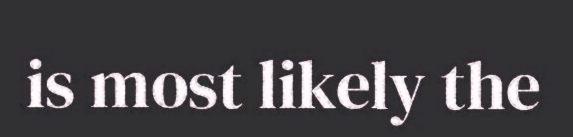
is most likely the